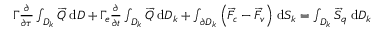
\begin{array} { r l } & { \Gamma \frac { \partial } { \partial \tau } \int _ { D _ { k } } \overrightarrow { Q } \; \mathrm { d } D + \Gamma _ { e } \frac { \partial } { \partial t } \int _ { D _ { k } } \overrightarrow { Q } \; \mathrm { d } D _ { k } + \int _ { \partial D _ { k } } \Big ( \overrightarrow { F } _ { c } - \overrightarrow { F } _ { v } \Big ) \; \mathrm { d } S _ { k } = \int _ { D _ { k } } \overrightarrow { S } _ { q } \; \mathrm { d } D _ { k } } \end{array}